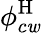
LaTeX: \phi_{c\mathit{w}}^{\mathrm{{H}}}